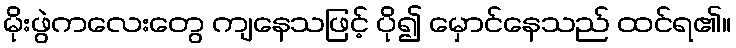
မိုးဖွဲကလေးတွေ ကျနေသဖြင့် ပို၍ မှောင်နေသည် ထင်ရ၏။